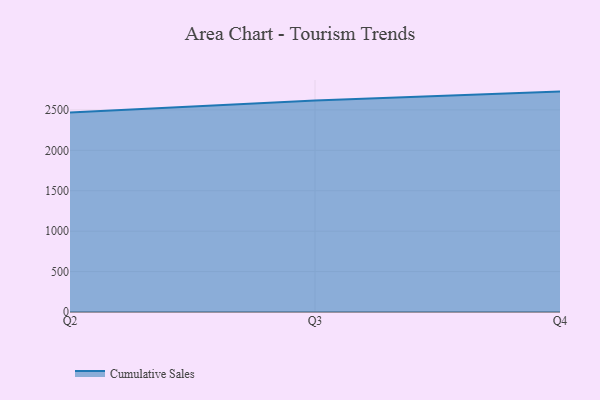
{"axis": {"x": "Quarter", "y": "Website Visitors"}, "legend": ["Cumulative Sales"], "data": [{"x": "Q2", "y": 2467.0, "type": "Cumulative Sales"}, {"x": "Q3", "y": 2616.6, "type": "Cumulative Sales"}, {"x": "Q4", "y": 2726.4, "type": "Cumulative Sales"}]}